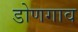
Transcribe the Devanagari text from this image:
डोणगाव